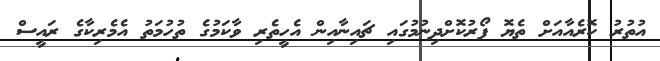
އުތުރު ކޮރެއާއަށް ތެޔޮ ފޯރުކޮށްދިނުމުގައި ޗައިނާއިން އެހީތެރި ވާކަމުގެ ތުހުމަތު އެމެރިކާގެ ރައީސް